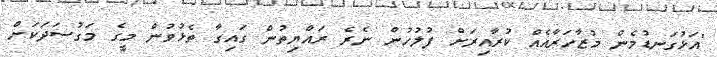
"އަޅުގަނޑުމެން މުޒާހަރާއެއް ކުރާއިރަށް ފުލުހުން ނެރެ ރައްޔިތުން ގައިގާ ތެޅުވުން މީގެ މަގުސަދަކަށް